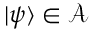
\vert \psi \rangle \in { \mathcal { A } }